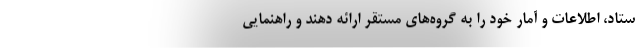
ستاد، اطلاعات و آمار خود را به گروه‌های مستقر ارائه دهند و راهنمایی